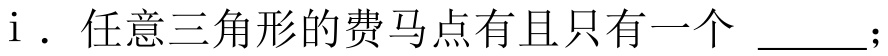
i. 任意三角形的费马点有且只有一个 \underline{\qquad}；